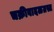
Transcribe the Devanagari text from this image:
चक्रीवादळग्रस्त